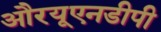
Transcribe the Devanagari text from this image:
औरयूएनडीपी